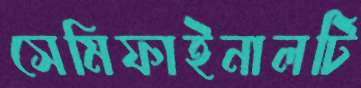
সেমিফাইনালটি